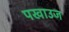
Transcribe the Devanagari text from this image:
पखाउज